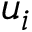
u _ { i }